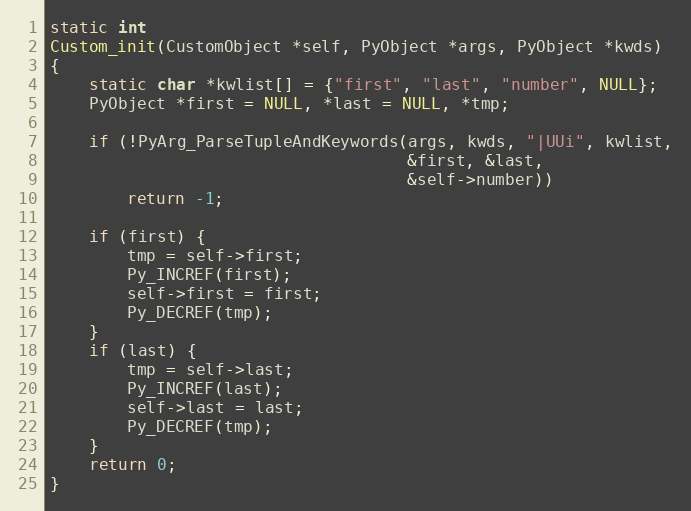
Language: C
static int
Custom_init(CustomObject *self, PyObject *args, PyObject *kwds)
{
    static char *kwlist[] = {"first", "last", "number", NULL};
    PyObject *first = NULL, *last = NULL, *tmp;

    if (!PyArg_ParseTupleAndKeywords(args, kwds, "|UUi", kwlist,
                                     &first, &last,
                                     &self->number))
        return -1;

    if (first) {
        tmp = self->first;
        Py_INCREF(first);
        self->first = first;
        Py_DECREF(tmp);
    }
    if (last) {
        tmp = self->last;
        Py_INCREF(last);
        self->last = last;
        Py_DECREF(tmp);
    }
    return 0;
}